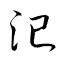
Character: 汜